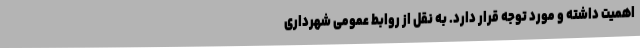
اهمیت داشته و مورد توجه قرار دارد. به نقل از روابط عمومی شهرداری